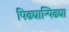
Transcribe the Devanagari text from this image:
पिढ्यान्पिढ्या